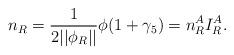
LaTeX: \begin{align*}n_R=\frac 1{2||\phi _R||}\phi (1+\gamma _5)=n_R^AI_R^A.\end{align*}